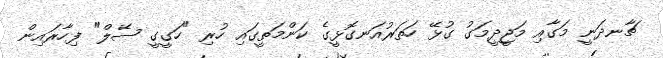
ޗާނދަނީ މަގާއި މަޖީދީމަގު ގުޅޭ ހަތަރުއަނގޮޅީގެ ކަންމަތީގައި ހުރި "ހަގީގީ ސޭލް" ފިހާރައިން